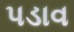
પડાવ